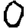
Digit: 0